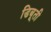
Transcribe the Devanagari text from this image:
डिबूती